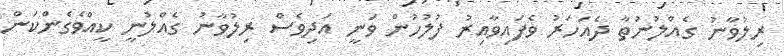
ރިލުވާނު ގެއްލުނުތާ ދެއަހަރު ވެފައިވާއިރު ފުލުހުން ވަނީ އަދިވެސް ރިލުވާނު ގެއްލުނީ ކީއްވެގެންކަން